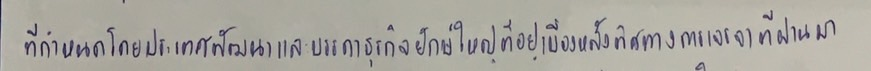
ที่กำหนดโดยประเทศพัฒนาและบรรดาธุรกิจยักษ์ใหญ่ที่อยู่เบื้องหลังทิศทางการเจรจาที่ผ่านมา